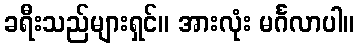
ခရီးသည်များရှင်။ အားလုံး မင်္ဂလာပါ။